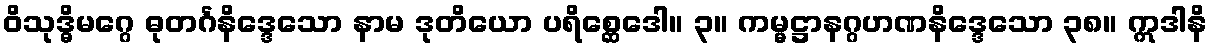
ဝိသုဒ္ဓိမဂ္ဂေ ဓုတင်္ဂနိဒ္ဒေသော နာမ ဒုတိယော ပရိစ္ဆေဒေါ။ ၃။ ကမ္မဋ္ဌာနဂ္ဂဟဏနိဒ္ဒေသော ၃၈။ ဣဒါနိ